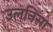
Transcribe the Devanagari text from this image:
उलनिसा